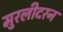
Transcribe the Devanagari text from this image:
मुरलीदरन